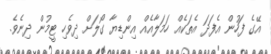
އޭގެ ފަހުން އެފަދަ އެތަކެއް ހަމަލާއެއް އިންޑިޔާ ގޯލަށް ދިވެހި ޓީމުން ދިނެވެ.